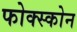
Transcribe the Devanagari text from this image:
फोक्स्कोन